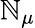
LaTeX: \mathbb{N}_{\mu}